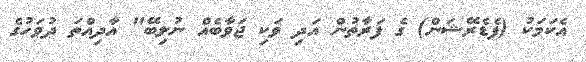
އެކަމަކު (ފެޑެރޭޝަން) ގެ ފަރާތުން އަދި ވަކި ޖަވާބެއް ނުލިބޭ" އާދިއްތަ ދުވަހުގެ